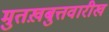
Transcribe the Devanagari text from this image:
मुतख़बुत्तवारीख